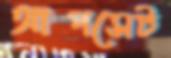
আপসেট